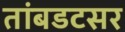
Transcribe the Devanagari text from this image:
तांबडटसर